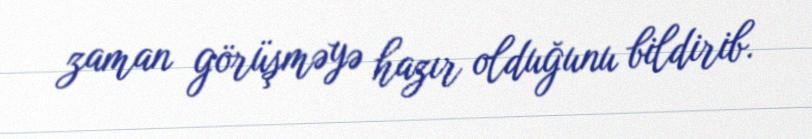
zaman görüşməyə hazır olduğunu bildirib.